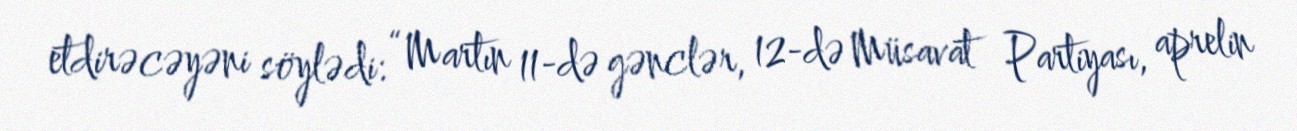
etdirəcəyəni söylədi: “Martın 11-də gənclər, 12-də Müsavat Partiyası, aprelin